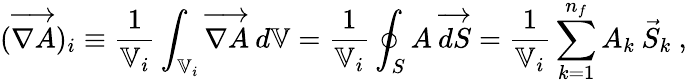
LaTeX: (\overrightarrow{\nabla A})_{i}\equiv\frac{1}{\mathbb{V}_{i}}\int_{\mathbb{V}_{i}}\overrightarrow{\nabla A}\: d\mathbb{V}=\frac{1}{\mathbb{V}_{i}}\oint_{S}A\: \overrightarrow{dS}=\frac{1}{\mathbb{V}_{i}}\sum_{k=1}^{n_{f}}A_{k}\: \vec{S}_{k}\mathrm{~,~}